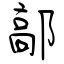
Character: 鄗